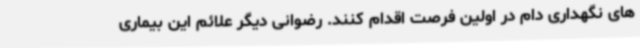
های نگهداری دام در اولین فرصت اقدام کنند. رضوانی دیگر علائم این بیماری